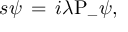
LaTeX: s \psi \, = \, i \lambda \mathrm { P } _ { - } \psi ,